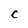
Character: C